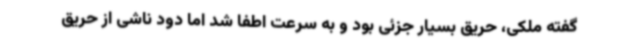
گفته ملکی، حریق بسیار جزئی بود و به سرعت اطفا شد اما دود ناشی از حریق